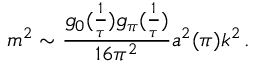
m ^ { 2 } \sim \frac { g _ { 0 } ( \frac { 1 } { \tau } ) g _ { \pi } ( \frac { 1 } { \tau } ) } { 1 6 \pi ^ { 2 } } a ^ { 2 } ( \pi ) k ^ { 2 } \, .